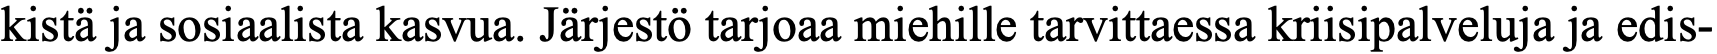
kistä ja sosiaalista kasvua. Järjestö tarjoaa miehille tarvittaessa kriisipalveluja ja edis-